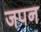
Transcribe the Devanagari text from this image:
जपन